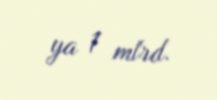
ya 1 mlrd.